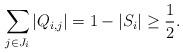
LaTeX: \begin{align*} \sum_{j\in J_i}|Q_{i,j}| = 1-|S_i|\ge \frac{1}{2}. \end{align*}